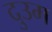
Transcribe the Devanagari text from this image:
दुउम